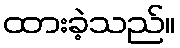
ထားခဲ့သည်။